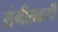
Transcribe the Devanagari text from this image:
संगीतकर्मी